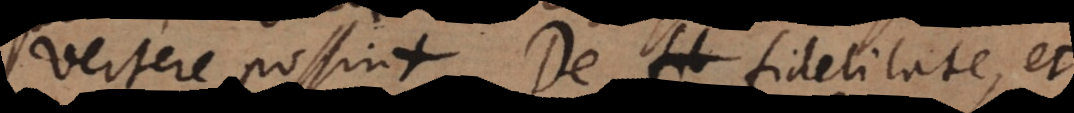
vertere possint. De fidelitate, et